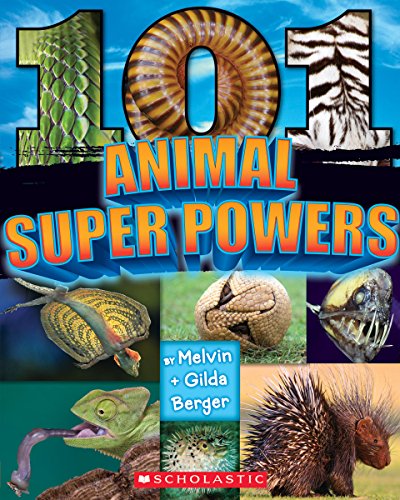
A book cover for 101 Animal Super Powers; Melvin Berger; Children's Books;